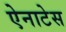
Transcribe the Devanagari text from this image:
ऐनाटेस